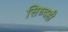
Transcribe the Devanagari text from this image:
सिध्दही